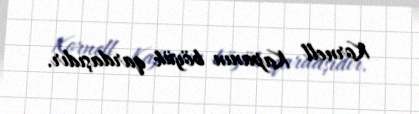
Kornell Kapanın böyük qardaşıdır.